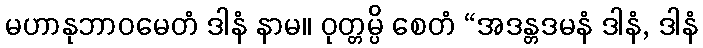
မဟာနုဘာဝမေတံ ဒါနံ နာမ။ ဝုတ္တမ္ပိ စေတံ “အဒန္တဒမနံ ဒါနံ, ဒါနံ